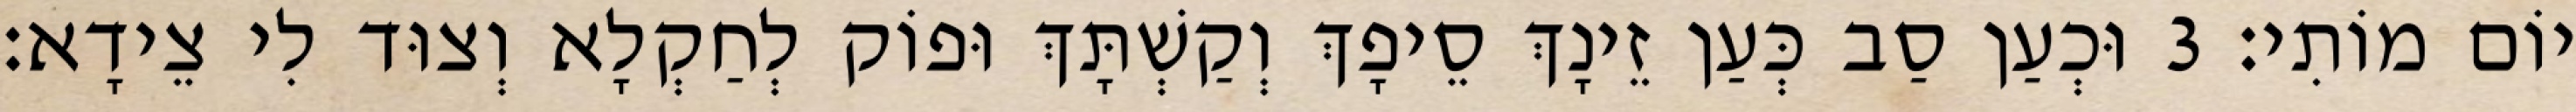
יוֹם מוֹתִי׃ 3 וּכְעַן סַב כְּעַן זֵינָךְ סֵיפָךְ וְקַשְׁתָּךְ וּפוֹק לְחַקְלָא וְצוּד לִי צֵידָא׃